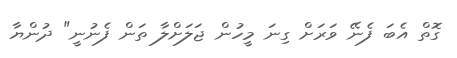
ގޮތް އެބަ ފެނޭ ވަރަށް ގިނަ މީހުން ޖަލަށްލާ ތަން ފެނުނީ" ދުންޔާ